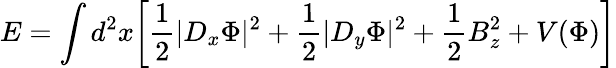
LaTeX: E=\int d^{2}x\biggl[{\frac{1}{2}}|D_{x}\Phi|^{2}+{\frac{1}{2}}|D_{y}\Phi|^{2}+{\frac{1}{2}}B_{z}^{2}+V(\Phi)\biggr]